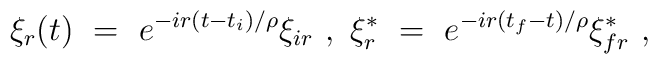
\xi_r(t)\ =\ e^{-ir(t-t_i)/\rho} \xi_{ir}\ ,\ \xi^*_r\ =\ e^{-ir(t_f-t)/\rho}\xi^*_{fr}\ ,